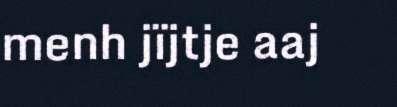
menh jïjtje aaj